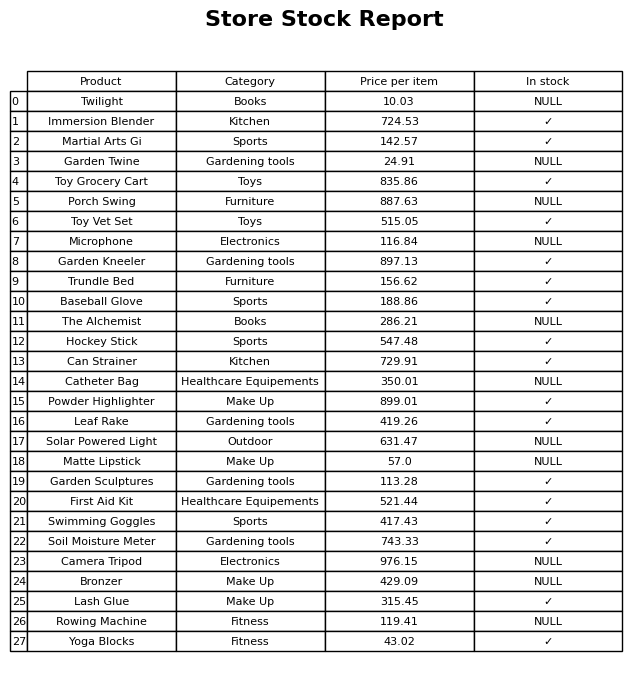
question: What is the price for Twilight?
answer: The price of Twilight is 10.03.